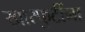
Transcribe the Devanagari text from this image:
खारफुटींना